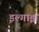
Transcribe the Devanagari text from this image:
इल्गाझ